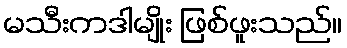
မသီးကဒါမျိုး ဖြစ်ဖူးသည်။